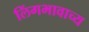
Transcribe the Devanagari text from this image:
लिंगभावाच्य